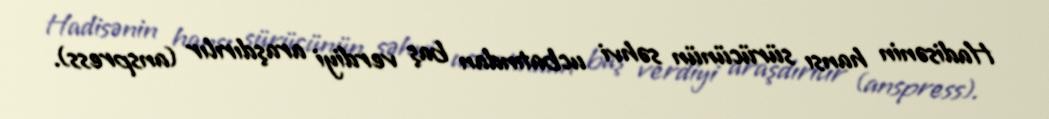
Hadisənin hansı sürücünün səhvi ucbatından baş verdiyi araşdırılır (anspress).